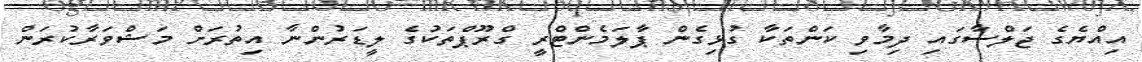
އިއްޔެގެ ޖަލްސާގައި ދިމާވި ކަންތަކާ ގުޅިގެން ޕާލަމެންޓްރީ ގްރޫޕްތަކުގެ ލީޑަރުންނާ އިތުރަށް މަޝްވަރާކުރަން